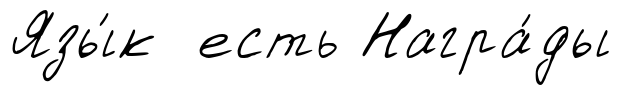
Язы́к есть Награ́ды